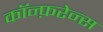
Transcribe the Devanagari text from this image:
कॉन्फ़रेन्स